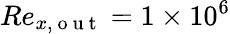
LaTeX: Re_{x,\mathrm{~o~u~t~}}=1\times 10^{6}